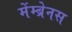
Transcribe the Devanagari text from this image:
मेंम्ब्रेनस